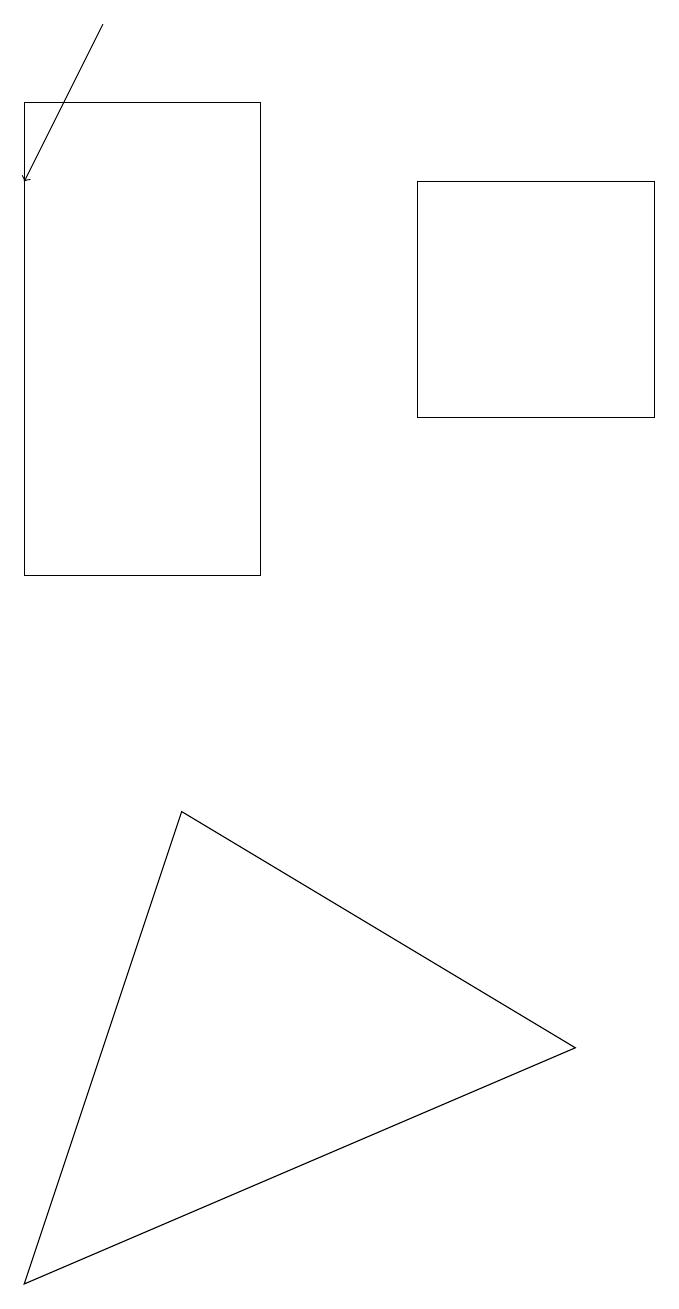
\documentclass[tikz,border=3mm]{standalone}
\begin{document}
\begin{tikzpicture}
\draw (8,6) -- (1,3) -- (3,9) -- cycle;
\draw (6,14) rectangle (9,17);
\draw[->] (2,19) -- (1,17);
\draw (4,12) rectangle (1,18);
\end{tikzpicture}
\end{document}